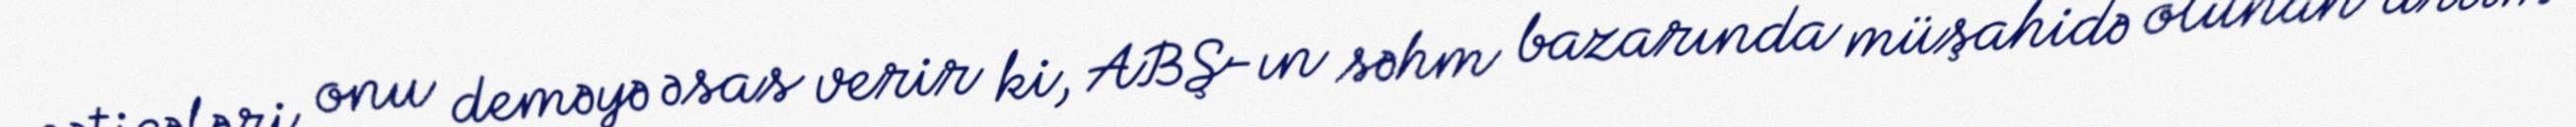
nəticələri onu deməyə əsas verir ki, ABŞ-ın səhm bazarında müşahidə olunan artım